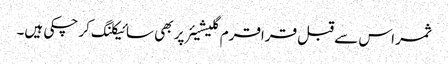
ثمر اس سے قبل قراقرم گلیشیئر پر بھی سائیکلنگ کر چکی ہیں۔